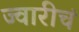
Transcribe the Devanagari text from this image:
ज्वारीचं